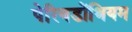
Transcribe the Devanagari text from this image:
पेरियडोंथियम